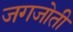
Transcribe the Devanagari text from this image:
जगजोती